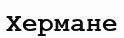
Хермане